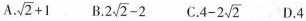
A $$\sqrt { 2 } + 1$$ B.$$2 \sqrt { 2 } - 2$$ C. $$4 - 2 \sqrt { 2 }$$ D.4